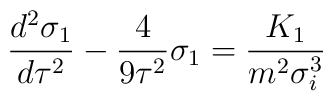
\frac{d^2\sigma _1}{d\tau ^2}-\frac 4{9\tau ^2}\sigma _1=\frac{K_1}{m^2\sigma _i^3}